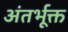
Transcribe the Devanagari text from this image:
अंतर्भूक्त